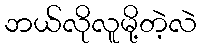
ဘယ်လိုလူမို့တဲ့လဲ